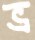
ভ্র